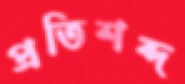
প্রতিশব্দ